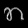
Digit: ၈